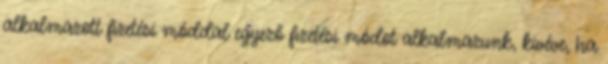
alkalmazott fizetési móddal egyező fizetési módot alkalmazunk, kivéve, ha